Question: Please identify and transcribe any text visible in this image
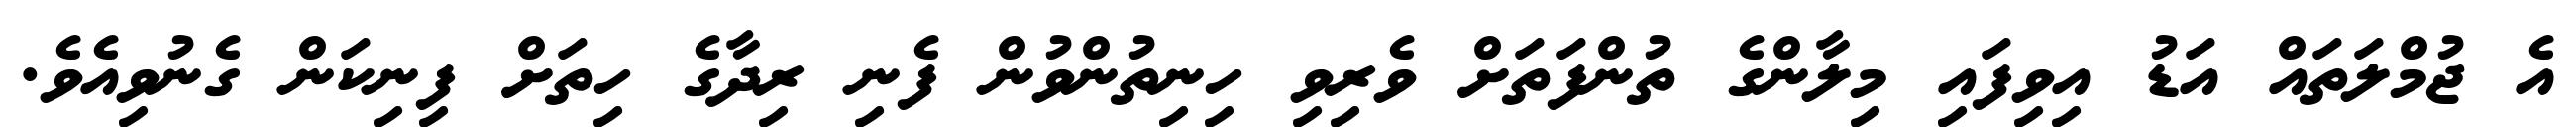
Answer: އެ ޖުމްލަތައް އަޑު އިވިފައި މިލާންގެ ތުންފަތަށް ވެރިވި ހިނިތުންވުން ފެނި ރިދާގެ ހިތަށް ފިނިކަން ގެނުވިއެވެ.